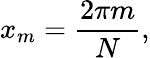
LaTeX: x_{m}={\frac{2\pi m}{N}},